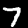
Label: 7